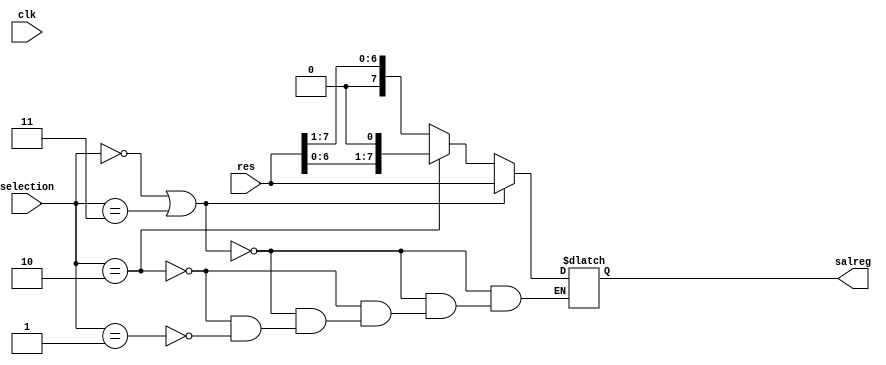
module shiftreg#(
parameter M=8
)
(
input[M-1:0] res,
input [1:0] selection,
input clk,
output reg [M-1:0] salreg
);

always@(clk)
begin
if(selection==0 || selection==3)
salreg=res;
else if(selection==2)
salreg=res<<1;
else if(selection==1)
salreg=res>>1;
end
endmodule